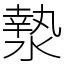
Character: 漐